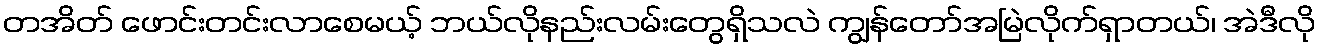
တအိတ် ဖောင်းတင်းလာစေမယ့် ဘယ်လိုနည်းလမ်းတွေရှိသလဲ ကျွန်တော်အမြဲလိုက်ရှာတယ်၊ အဲဒီလို